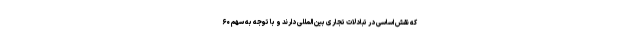
که نقش اساسی در تبادلات تجاری بین المللی دارند و با توجه به سهم ۶۰